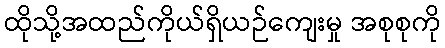
ထိုသို့အထည်ကိုယ်ရှိယဉ်ကျေးမှု အစုစုကို